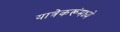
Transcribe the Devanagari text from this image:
यात्रेकरूंमध्ये